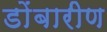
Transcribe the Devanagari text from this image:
डोंबारीण